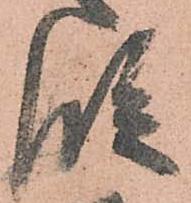
段